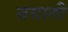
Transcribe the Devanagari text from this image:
बयाती